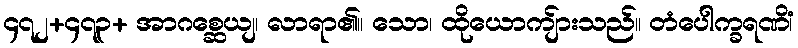
၄၇၂+၄၇၃+ အာဂစ္ဆေယျ၊ လာရာ၏။ သော၊ ထိုယောကျ်ားသည်။ တံပေါက္ခရဏိံ၊